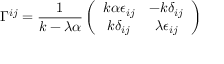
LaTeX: \Gamma ^ { i j } = \frac { 1 } { k - \lambda \alpha } \left( \begin{array} { c c } { { k \alpha \epsilon _ { i j } } } & { { - k \delta _ { i j } } } \\ { { k \delta _ { i j } } } & { { \lambda \epsilon _ { i j } } } \end{array} \right)